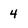
Character: 4